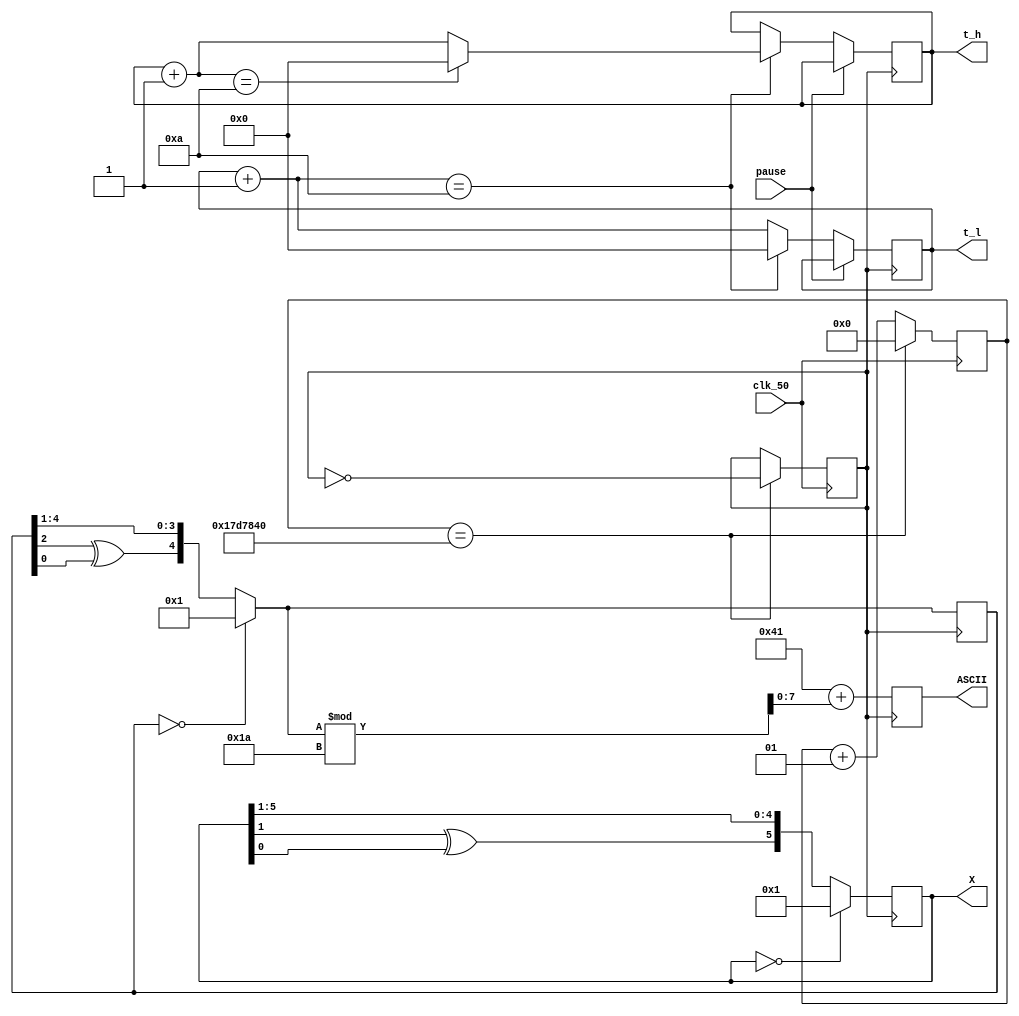
module random(clk_50,X,ASCII,t_h, t_l, pause);
input clk_50;
input pause;
output reg [5:0]X;
output reg [7:0]ASCII;
output reg [3:0]t_h;
output reg [3:0]t_l;

integer count;
reg clk_s;
reg[4:0] num_ASCII;
reg in;
always @(negedge clk_50)
begin
	if(count == 25000000)
	begin
		count = 0;
		clk_s = ~clk_s;
	end
	else
		count = count + 1;
end
		
always @(negedge clk_s)
begin
	if(num_ASCII == 0) num_ASCII = 1;
	else
	begin
		in = (num_ASCII[2]^num_ASCII[0]);
		num_ASCII = {in,num_ASCII[4:1]};
	end
	ASCII = 8'h41 + num_ASCII % 26;//ASCII
	if(X == 0) X = 1;
	else
	begin
		in = X[1]^X[0];
		X = {in,X[5:1]};
	end//X
	if(pause == 0)
	begin
		t_l = t_l + 1;
		if(t_l == 10)
		begin
			t_l = 0;
			t_h = t_h + 1;
			if(t_h == 10)
				t_h = 0;
		end
	end
end
endmodule